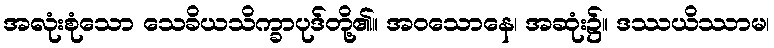
အလုံးစုံသော သေခိယသိက္ခာပုဒ်တို့၏။ အဝသောနေ၊ အဆုံး၌။ ဒဿယိဿာမ၊